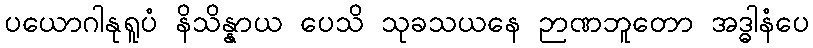
ပယောဂါနုရူပံ နိသိန္နာယ ပေသိ သုခသယနေ ဉာဏဘူတော အဒ္ဓါနံပေ